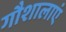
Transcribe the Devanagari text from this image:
गौशालाएं